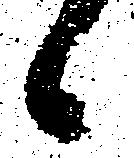
候